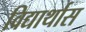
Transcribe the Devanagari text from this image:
विद्यार्थास